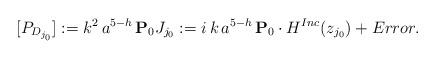
LaTeX: \begin{align*}[P_{D_{j_0}}]:=k^2 \, a^{5-h} \, {\bf{P}}_0 J_{j_0}:= i \, k \, a^{5-h} \, {\bf{P}}_0 \cdot H^{Inc}(z_{j_0})+Error.\end{align*}